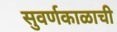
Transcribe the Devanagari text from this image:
सुवर्णकाळाची